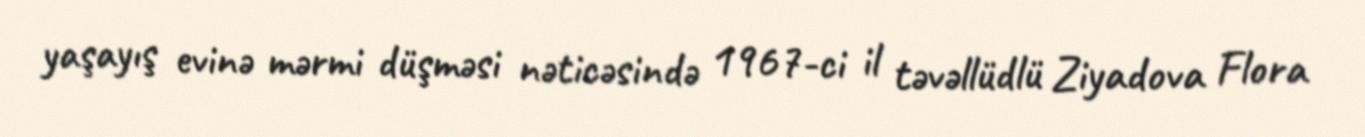
yaşayış evinə mərmi düşməsi nəticəsində 1967-ci il təvəllüdlü Ziyadova Flora